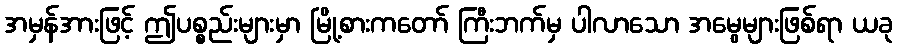
အမှန်အားဖြင့် ဤပစ္စည်းများမှာ မြို့စားကတော် ကြီးဘက်မှ ပါလာသော အမွေများဖြစ်ရာ ယခု